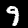
Digit: 9